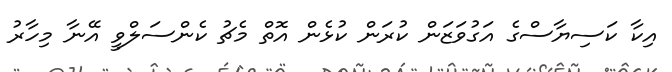
އިކާ ކަސިޔާސްގެ އަގުވަޒަން ކުރަން ކުޅެން އޮތް މެޗު ކެންސަލްވީ އޭނާ މިހާރު